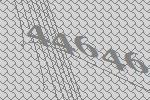
44646